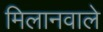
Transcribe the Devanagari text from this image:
मिलानवाले